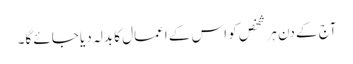
آج کے دن ہر شخص کو اس کے اعمال کا بدلہ دیا جائے گا۔